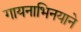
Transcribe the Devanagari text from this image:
गायनाभिनयाने